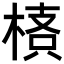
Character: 𣖌